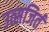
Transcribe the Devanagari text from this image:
उत्सजिर्त